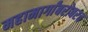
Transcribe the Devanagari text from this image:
महामार्गांबरोबरच